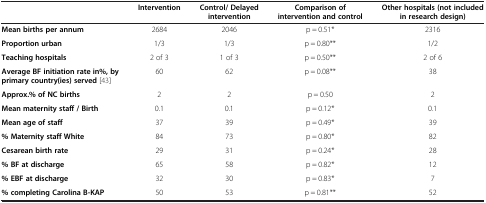
<table><thead><tr><td><b> </b></td><td><b>Intervention</b></td><td><b>Control/ Delayed intervention</b></td><td><b>Comparison of intervention and control</b></td><td><b>Other hospitals (not included in research design)</b></td></tr></thead><tbody><tr><td><b>Mean births per annum</b></td><td>2684</td><td>2046</td><td>p = 0.51*</td><td>2316</td></tr><tr><td><b>Proportion urban</b></td><td>1/3</td><td>1/3</td><td>p = 0.80**</td><td>1/2</td></tr><tr><td><b>Teaching hospitals</b></td><td>2 of 3</td><td>1 of 3</td><td>p = 0.50**</td><td>2 of 6</td></tr><tr><td><b>Average BF initiation rate in%, by primary country(ies) served</b>[43]</td><td>60</td><td>62</td><td>p = 0.08**</td><td>38</td></tr><tr><td><b>Approx.% of NC births</b></td><td>2</td><td>2</td><td>p = 0.50</td><td>2</td></tr><tr><td><b>Mean maternity staff / Birth</b></td><td>0.1</td><td>0.1</td><td>p = 0.12*</td><td>0.1</td></tr><tr><td><b>Mean age of staff</b></td><td>37</td><td>39</td><td>p = 0.49*</td><td>39</td></tr><tr><td><b>% Maternity staff White</b></td><td>84</td><td>73</td><td>p = 0.80*</td><td>82</td></tr><tr><td><b>Cesarean birth rate</b></td><td>29</td><td>31</td><td>p = 0.24*</td><td>28</td></tr><tr><td><b>% BF at discharge</b></td><td>65</td><td>58</td><td>p = 0.82*</td><td>12</td></tr><tr><td><b>% EBF at discharge</b></td><td>32</td><td>30</td><td>p = 0.83*</td><td>7</td></tr><tr><td><b>% completing Carolina B-KAP</b></td><td>50</td><td>53</td><td>p = 0.81**</td><td>52</td></tr></tbody></table>